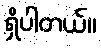
ရှိပါတယ်။